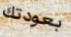
بعودتك